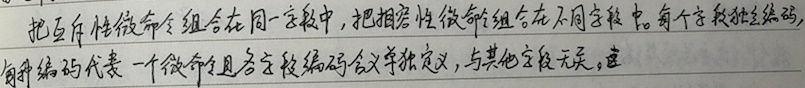
把互斥性微命令组合在同一字段中，把相容性微命令组合在不同字段中。每个字段独立编码，每种编码代表一个微命令且各字段编码含义单独定义，与其他字段无关。